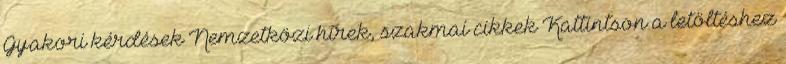
Gyakori kérdések Nemzetközi hírek, szakmai cikkek Kattintson a letöltéshez